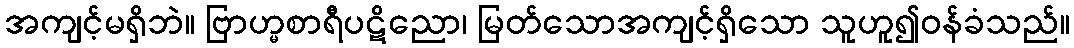
အကျင့်မရှိဘဲ။ ဗြာဟ္မစာရီပဋိညော၊ မြတ်သောအကျင့်ရှိသော သူဟူ၍ဝန်ခံသည်။